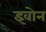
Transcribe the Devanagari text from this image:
इवोन